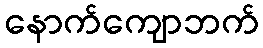
နောက်ကျောဘက်